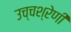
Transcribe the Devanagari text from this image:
उच्चश्रेणी